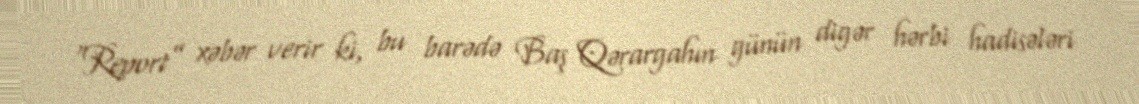
“Report” xəbər verir ki, bu barədə Baş Qərargahın günün digər hərbi hadisələri